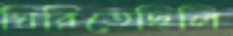
ঘিরিতেছিলি